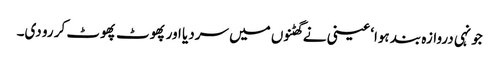
جونہی دروازہ بند ہوا‘ عینی نے گھٹنوں میں سردیا اور پھوٹ پھوٹ کر رو دی۔